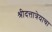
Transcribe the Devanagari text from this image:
श्रीदत्तात्रेयाचा